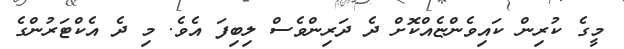
މީގެ ކުރިން ކައިވެންޏެއްކޮށް ދެ ދަރިންވެސް ލިބިފަ އެވެ. މި ދެ އެކްޓަރުންގެ